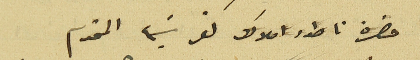
حضرة ناطور املاك كفرشيما المحترم